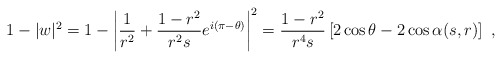
\begin{align*} 1-|w|^2= 1-\left|\frac 1{r^2}+\frac{1-r^2}{r^2 s} e^{i(\pi-\theta)}\right|^2=\frac{1-r^2}{r^4 s}\left[2 \cos\theta-2\cos\alpha(s,r)\right]\ ,\end{align*}